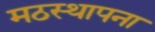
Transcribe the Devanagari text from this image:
मठस्थापना